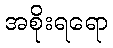
အစိုးရရော